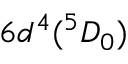
6 d ^ { 4 } ( ^ { 5 } D _ { 0 } )